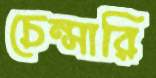
চেন্সারি